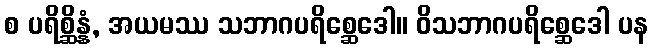
စ ပရိစ္ဆိန္နံ, အယမဿ သဘာဂပရိစ္ဆေဒေါ။ ဝိသဘာဂပရိစ္ဆေဒေါ ပန